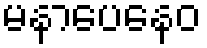
မနာပေနေဝ